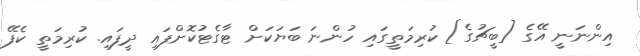
އިންނަނީ އޭގެ [ބީޗުގެ] ކުރިމަތީގައި ހުންނަ ބަޔަކަށް ޓާގެޓުކޮށްފައި ދީފައި. ކުރިމަތީ ކެފޭ